Code of medical and sanitary regulations for the guidance of medical officers serving in the Madras Presidency - Volume I
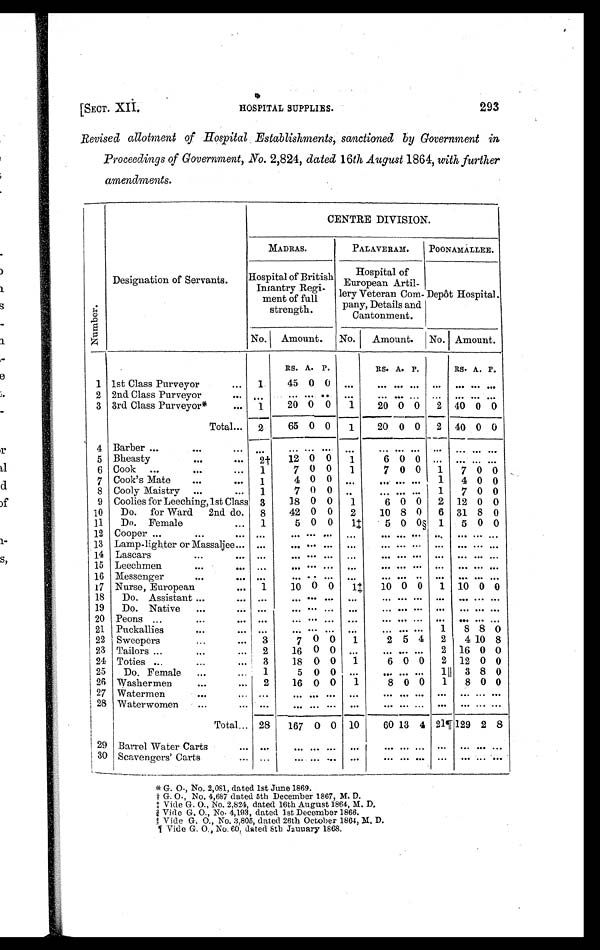
[SECT. XII.
HOSPITAL SUPPLIES.
293
Revised allotment of Hospital Establishments, sanctioned by Government in
Proceedings of Government, No. 2,824, dated 16th August 1864, with, further
amendments.
Nu mb e r .
Designation of Servants.
CENTRE DIVISION.
MADRAS.
PALAVERAM.
POONAMALLEE.
Hospital of British
Infantry Regi-
ment of full
strength.
Hospital of
European Artil-
lery Veteran Com-
pany, Details and
Cantonment.
Depôt Hospital.
No. Amount.
No.
Amount. No. Amount.
RS. A. P.
RS. A. P.
RS. A. P.
1 1st Class Purveyor
. . .
1 45 0 0 ...
. . . . . . . . . ...
. . . . . .
. . .
2 2nd Class Purveyor
. . .
. . .
. . . ...
. . .
. . .
. . . . . . . . . ...
. . . . . . . . .
3 3rd Class Purveyor*
. . .
1
20 0 0
1
20 0 0
2 40 0 0
Total... 2
65 0 0
1
20 0 0
2 40 0 0
4 Barber ...
. . .
...
. . .
... ... ... ...
. . . . . . . . . ...
. . . . . . . . .
5 Bheasty
. . .
. . . 2† 12 0 0
1
6
0 0 ...
. . . . . . . . .
6 Cook ...
...
...
1
7 0 0
1
7 0 0
1
7 0 0
7 Cook's Mate
. . .
. . . 1
4 0 0
. . .
. . . . . . . . . 1
4 0 0
8 Cooly Maistry ...
...
1
7 0 0
. .
. . . . . . . . . 1
7 0 0
9 Coolies for Leeching, 1st Class 3
18 0 0
1
6 0 0
2 12 0 0
10
Do. for Ward 2nd do.
8
42 0 0
2
10 8 0
6 31 8 0
11
Do. Female
...
1
5 0 0
1‡
5 0 0§ 1
5 0 0
12 Cooper ...
...
. . .
. . .
. . . ...
. . .
. . .
. . . . . . . . .
...
. . . . . . . . .
13 Lamp-lighter or Massaljee... ...
. . . ...
. . .
. . .
. . . . . . . . .
...
. . . . . . . . .
14 Lascars
...
. . .
. . .
. . . ...
. . .
. . .
. . . . . . . . .
...
. . . . . . . . .
15 Leechmen
...
. . .
. . .
. . . ...
. . .
. . .
. . . . . . . . .
...
. . . . . . . . .
16 Messenger
. . .
. . . . . .
. . . ...
. . .
. . .
. . . . . . . . .
...
. . . . . . . . .
17 Nurse, European
... 1
10 0 0
1‡
10 0 0
1 10 0 0
18
Do. Assistant ...
. . .
. . . ... ... ... ...
. . . . . . . . .
...
. . . . . . . . .
19
Do. Native ...
. . .
. . .
. . .
...
. . .
. . .
. . . . . . . . .
...
. . . . . . . . .
20 Peons ...
. . .
. . .
. . .
. . .
...
. . .
. . .
. . . . . . . . .
. . . . . . . . . . . .
21 Puckallies
. . .
... ...
. . . ...
. . . . . .
... ... ...
1
8 8 0
22 Sweepers
...
... 3
7 0 0
1
2 5 4
2
4 10 8
23 Tailors ...
...
... 2
16 0 0 ...
. . . . . .
. . . 2 16 0 0
24 Toties ...
...
...
3
18 0 0
1
6 0 0
2 12 0 0
25
Do. Female
...
...
1
5 0 0 ...
. . . . . . . . . 1 ║ 3 8 0
26 Washermen
...
...
2
16 0 0
1
8 0 0
1
8 0 0
27 Watermen
. . . ... ...
. . . ...
. . .
. . .
. . . . . . . . .
...
. . . . . . . . .
28 Waterwomen
. . .
. . .
. . .
. . . ...
. . .
. . .
. . . . . . . . .
...
. . . . . . . . .
Total... 28
167 0 0 10
60 13 4 21¶ 129 2 8
29 Barrel Water Carts
. . .
. . .
. . .
...
. . .
. . .
. . . . . . . . .
...
. . . . . .
. . .
30 Scavengers' Carts
... ...
. . .
...
. . .
. . .
. . . . . . . . .
...
. . . . . .
. . .
* G. O., No. 2,081, dated 1st June 1869.
† G. O. , No. 4, 687 dat ed 5t h December 1867, M. D.
‡ Vide G. O., No. 2,824, dated 16th August 1864, M. D
.
§ Vide G. O., No. 4,193, dated 1st December 1866.
║Vi de G. O. , No. 3, 805, dat ed 26t h Oct ober 1864, M. D.
¶ V i d e G . O . , N o . 6 0 , d a t e d 8 t h J a n u a r y 1 8 6 8 . s s